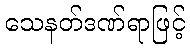
သေနတ်ဒဏ်ရာဖြင့်